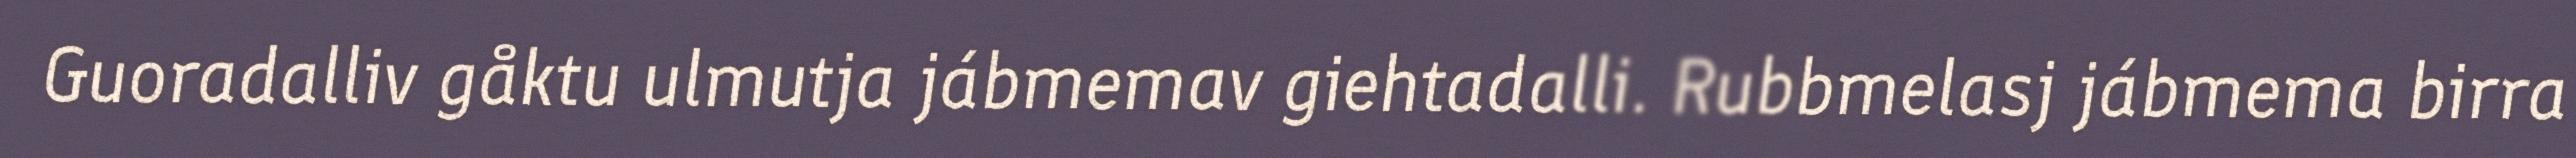
Guoradalliv gåktu ulmutja jábmemav giehtadalli. Rubbmelasj jábmema birra